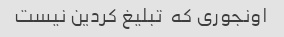
اونجوری که  تبلیغ کردین نیست